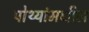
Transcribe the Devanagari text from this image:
पोथ्यांमधील